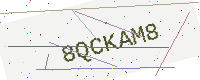
Text: 8QCKAM8